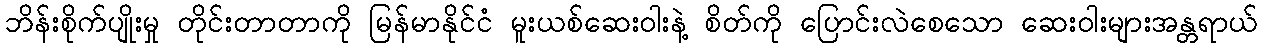
ဘိန်းစိုက်ပျိုးမှု တိုင်းတာတာကို မြန်မာနိုင်ငံ မူးယစ်ဆေးဝါးနဲ့ စိတ်ကို ပြောင်းလဲစေသော ဆေးဝါးများအန္တရာယ်